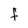
Character: F